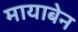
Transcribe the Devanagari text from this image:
मायाबेन